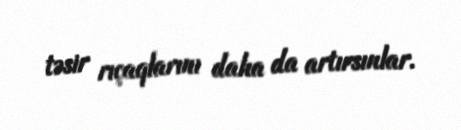
təsir rıçaqlarını daha da artırsınlar.